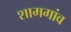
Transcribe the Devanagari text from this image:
शामगांव